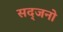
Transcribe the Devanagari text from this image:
सद्जनो